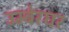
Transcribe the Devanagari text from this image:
उम्बेरघर